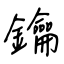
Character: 鑰